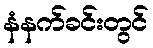
နံနက်ခင်းတွင်